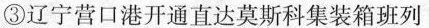
③辽宁营口港开通直达莫斯科集装箱班列